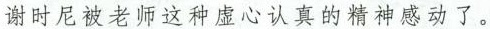
谢时尼被老师这种虚心认真的精神感动了。